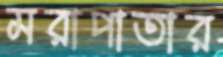
মরাপাতার